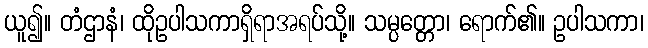
ယူ၍။ တံဌာနံ၊ ထိုဥပါသကာရှိရာအရပ်သို့။ သမ္ပတ္တော၊ ရောက်၏။ ဥပါသကာ၊